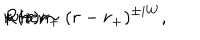
R ( r ) \sim ( r - r _ { + } ) ^ { \pm i W } , \hspace { 0 . 5 c m } \mathrm { w h e n } \hspace { 0 . 5 c m } r \rightarrow r _ { + }